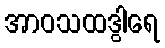
အာဝသထဒွါရေ